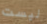
ليست